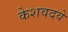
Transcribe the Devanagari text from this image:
केशवदवे